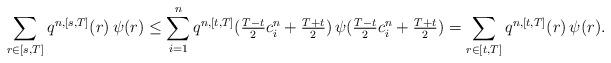
LaTeX: \begin{align*} &\sum_{r\in[s,T]}q^{n,[s,T]}(r)\,\psi(r) \leq \sum_{i=1}^{n} q^{n,[t,T]}(\tfrac{T-t}{2}c_i^n+\tfrac{T+t}{2})\,\psi(\tfrac{T-t}{2}c_i^n+\tfrac{T+t}{2}) = \sum_{r\in[t,T]}q^{n,[t,T]}(r)\,\psi(r). \end{align*}